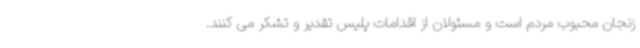
زنجان محبوب مردم است و مسئولان از اقدامات پلیس تقدیر و تشکر می کنند.